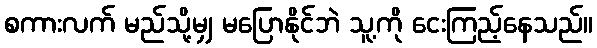
စကားလက် မည်သို့မျှ မပြောနိုင်ဘဲ သူ့ကို ငေးကြည့်နေသည်။